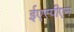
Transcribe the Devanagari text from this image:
ईएस्पीएन